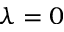
\lambda = 0